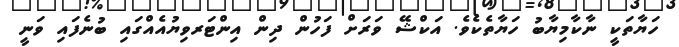
ހަޔާތަކީ ނާކާމިޔާބު ހަޔާތެކެވެ. އަކްޝޭ ވަރަށް ފަހުން ދިން އިންޓަރވިޔުއެއްގައި ބުނެފައި ވަނީ